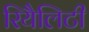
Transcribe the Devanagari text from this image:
रियैलिटी